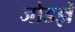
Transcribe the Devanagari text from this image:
जोडज्ञे